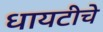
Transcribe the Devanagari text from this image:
धायटीचे